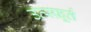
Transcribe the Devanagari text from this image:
उत्स्फ़ूर्त